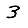
Digit: 3